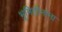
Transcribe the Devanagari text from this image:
भूमिहीनांना